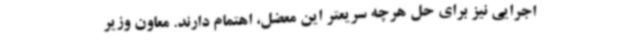
اجرایی نیز برای حل هرچه سریعتر این معضل، اهتمام دارند. معاون وزیر